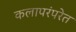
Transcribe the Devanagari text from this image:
कलापरंपरेत